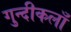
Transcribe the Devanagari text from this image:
गुन्दीकलाँ